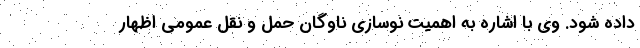
داده شود. وی با اشاره به اهمیت نوسازی ناوگان حمل و نقل عمومی اظهار